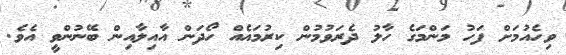
ވިހެއުމަށް ފަހު މަންމަގެ ހާލު ދެރަވުމުން ކިރުމައެއް ހޯދަން އާއިލާއިން ބޭނުންވީ އެވެ.